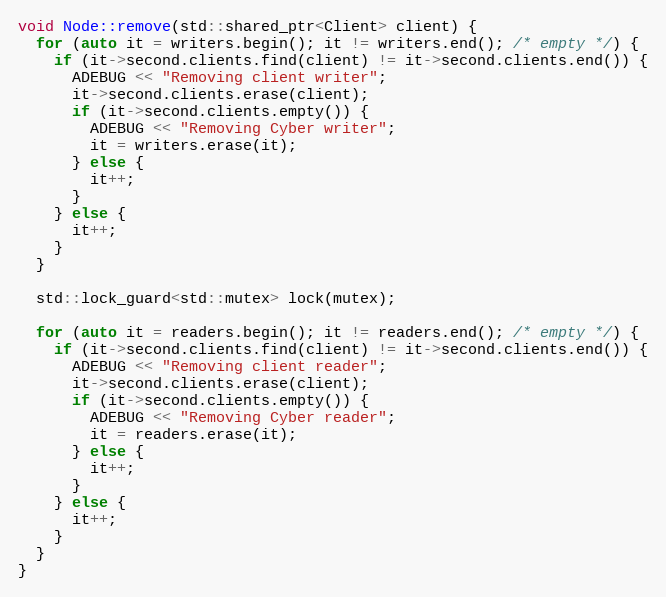
Language: C++
void Node::remove(std::shared_ptr<Client> client) {
  for (auto it = writers.begin(); it != writers.end(); /* empty */) {
    if (it->second.clients.find(client) != it->second.clients.end()) {
      ADEBUG << "Removing client writer";
      it->second.clients.erase(client);
      if (it->second.clients.empty()) {
        ADEBUG << "Removing Cyber writer";
        it = writers.erase(it);
      } else {
        it++;
      }
    } else {
      it++;
    }
  }

  std::lock_guard<std::mutex> lock(mutex);

  for (auto it = readers.begin(); it != readers.end(); /* empty */) {
    if (it->second.clients.find(client) != it->second.clients.end()) {
      ADEBUG << "Removing client reader";
      it->second.clients.erase(client);
      if (it->second.clients.empty()) {
        ADEBUG << "Removing Cyber reader";
        it = readers.erase(it);
      } else {
        it++;
      }
    } else {
      it++;
    }
  }
}